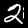
Label: 2